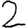
Digit: 2